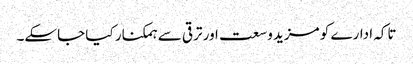
تاکہ ادارے کو مزید وسعت اور ترقی سے ہمکنار کیا جاسکے۔